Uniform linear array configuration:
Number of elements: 12
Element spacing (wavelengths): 0.75
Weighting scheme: exponential
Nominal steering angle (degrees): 15
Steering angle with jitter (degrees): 13.373
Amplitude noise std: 0.05
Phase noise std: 0.05

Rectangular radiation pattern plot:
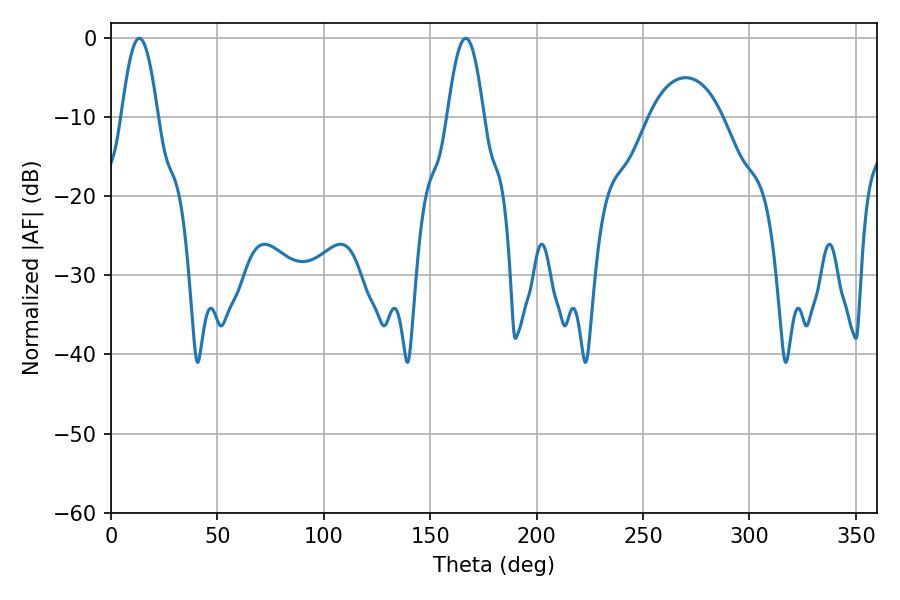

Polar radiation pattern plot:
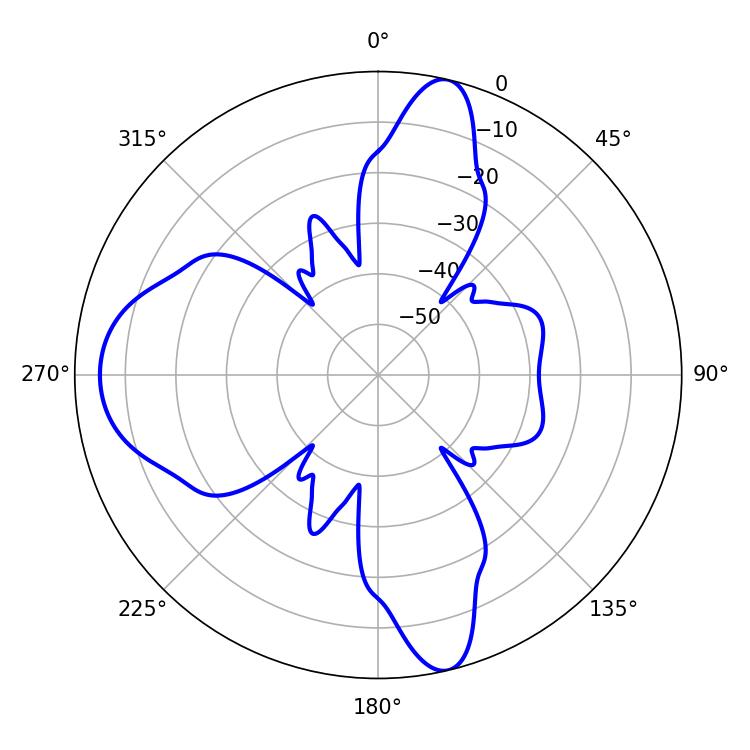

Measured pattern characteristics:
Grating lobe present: TRUE
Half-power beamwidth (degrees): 9.18
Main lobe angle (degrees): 13.32